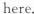
here.